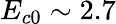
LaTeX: E_{c0}\sim 2.7